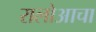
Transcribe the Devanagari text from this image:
रालोआचा